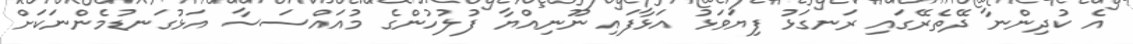
އެ ކުދިންނާ ދޭތެރޭގައި ރަނގަޅު ފިޔަވަޅު އަޅާފައި ނޫނިއްޔާ ފުލުހުންގެ މުއައްސަސާ އަޅުގަނޑުމެންނަކަށް